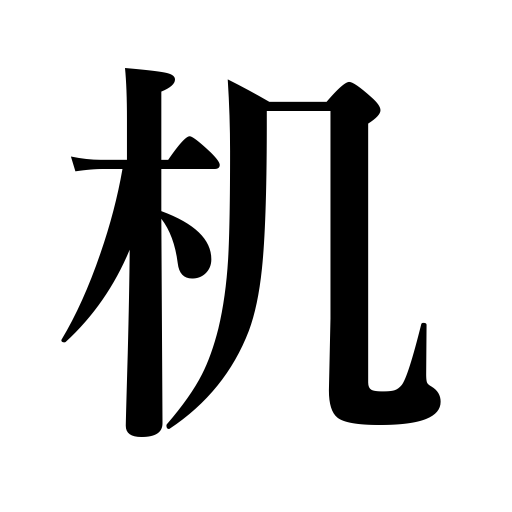
Meanings: desk,table